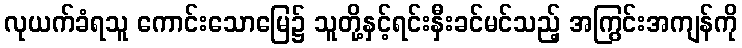
လုယက်ခံရသူ ကောင်းသောမြေ၌ သူတို့နှင့်ရင်းနှီးခင်မင်သည့် အကြွင်းအကျန်ကို